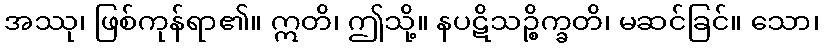
အဿု၊ ဖြစ်ကုန်ရာ၏။ ဣတိ၊ ဤသို့။ နပဋိသဉ္စိက္ခတိ၊ မဆင်ခြင်။ သော၊